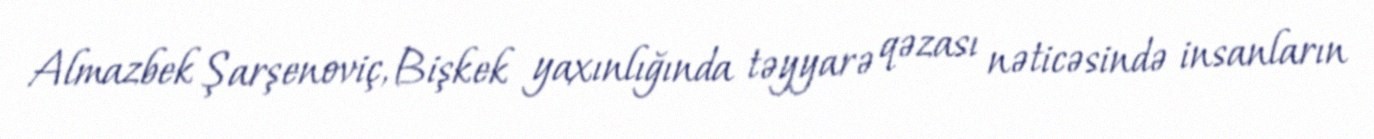
Almazbek Şarşenoviç, Bişkek yaxınlığında təyyarə qəzası nəticəsində insanların